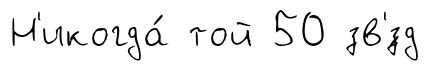
Н'икогда́ той 50 зв'́зд